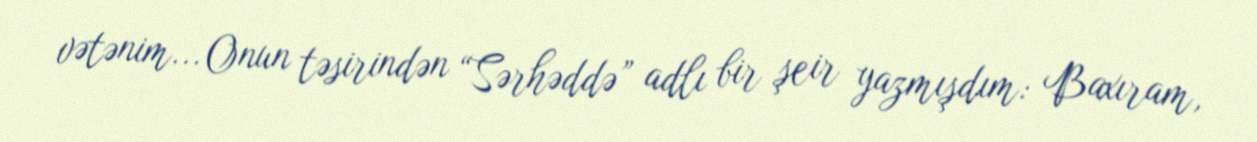
vətənim... Onun təsirindən “Sərhəddə” adlı bir şeir yazmışdım: Baxıram,